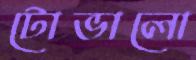
টোভালো